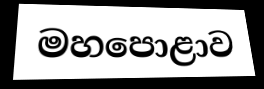
මහපොළාව